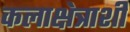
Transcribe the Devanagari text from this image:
कलाक्षेत्राशी